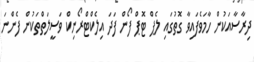
ދިރާސާއަކުން ހާމަވެފައިވާ ގޮތުގައި ލެޕް ޓޮޕް ފޯން ފަދަ އިލެކްޓްރޯނިކް ވަސީލަތްތަކުން ފެންނަ